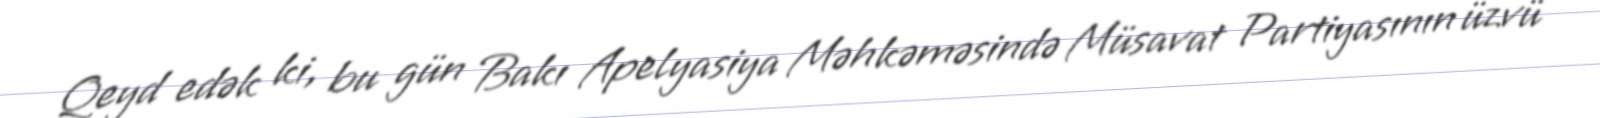
Qeyd edək ki, bu gün Bakı Apelyasiya Məhkəməsində Müsavat Partiyasının üzvü